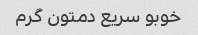
خوبو سریع دمتون گرم